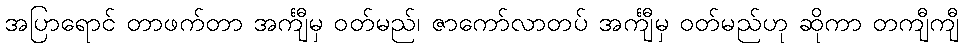
အပြာရောင် တာဖက်တာ အင်္ကျီမှ ဝတ်မည်၊ ဇာကော်လာတပ် အင်္ကျီမှ ဝတ်မည်ဟု ဆိုကာ တကျီကျီ